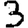
Digit: 3